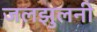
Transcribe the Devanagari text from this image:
जलझुलनी